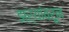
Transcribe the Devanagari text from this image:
झऱ्यांवरून